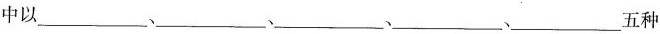
中以___、___、__、__、__、五种